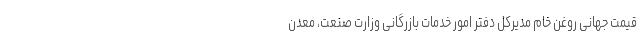
قیمت جهانی روغن خام مدیرکل دفتر امور خدمات بازرگانی وزارت صنعت، معدن